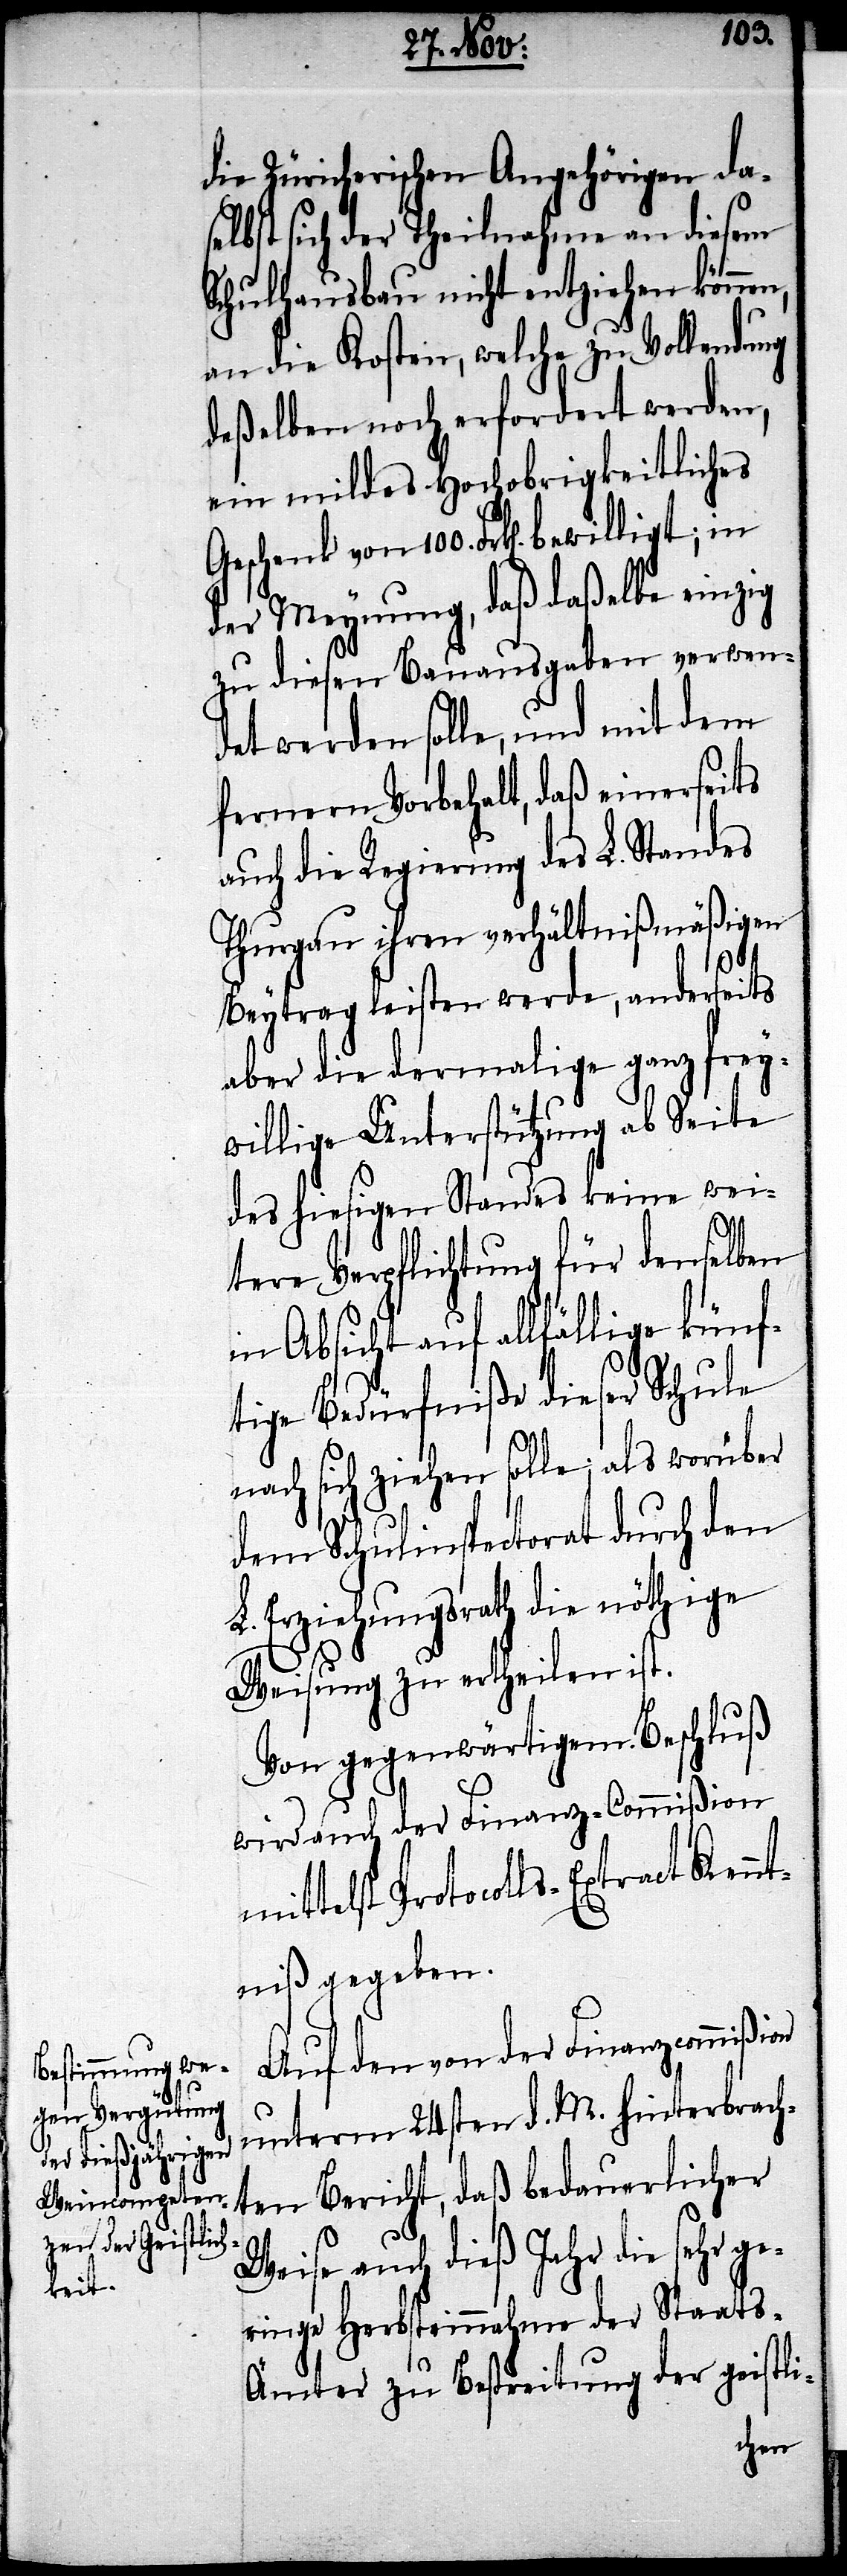
100.
die Zürcherischen Angehörigen da¬
selbst sich der Theilnahme an diesem
Schulhausbau nicht entziehn können,
an die Kosten, welche zu Vollendung
deßelben noch erfordert werden,
ein mildes Hochobrigkeitliches
der Meynung, daß daßelbe einzig
diesem Vorbehalt, daß einerseits
auch die Regierung des L. Standes
Thurgau ihren verhältnißmäßigen
Beytrag leisten werden, anderseits
aber die dermalige ganz frey¬
willige Unterstützung ab Seite
des hiesigen Standes keine wei¬
ßion
tere Verpflichtung für denselben
in Absicht auf allfällige künf¬
tige Bedürfniße dieser Schule
nach sich ziehen solle; als worüber
dem Schulinspectorat durch den
Erziehungsrath die nöthige
Weisung zu ertheilen ist.
Von gegenwärtigem Beschluß
wird auch der Finanz-Commißion
telst Protocolls-Extract Kennt¬
niß gegeben.
Auf den von der Finanzcommi¬
unterm 24sten d. M. hinterbrach¬
ten Bericht, daß bedauerlicher
Weise auch dieß Jahr die sehr ge¬
ringe Herbsteinnahme der Staats-Ä¬
mter zu Bestreitung der geistli-